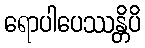
ရောပါပေဿန္တိပိ